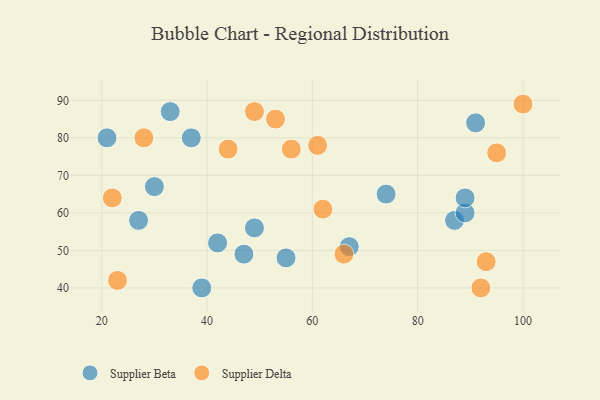
{"axis": {"x": "GDP", "y": "Life Expectancy"}, "legend": ["Supplier Beta", "Supplier Delta"], "data": [{"x": "67", "y": 51, "type": "Supplier Beta"}, {"x": "87", "y": 58, "type": "Supplier Beta"}, {"x": "27", "y": 58, "type": "Supplier Beta"}, {"x": "49", "y": 56, "type": "Supplier Beta"}, {"x": "91", "y": 84, "type": "Supplier Beta"}, {"x": "89", "y": 60, "type": "Supplier Beta"}, {"x": "37", "y": 80, "type": "Supplier Beta"}, {"x": "42", "y": 52, "type": "Supplier Beta"}, {"x": "30", "y": 67, "type": "Supplier Beta"}, {"x": "21", "y": 80, "type": "Supplier Beta"}, {"x": "89", "y": 64, "type": "Supplier Beta"}, {"x": "74", "y": 65, "type": "Supplier Beta"}, {"x": "47", "y": 49, "type": "Supplier Beta"}, {"x": "39", "y": 40, "type": "Supplier Beta"}, {"x": "55", "y": 48, "type": "Supplier Beta"}, {"x": "33", "y": 87, "type": "Supplier Beta"}, {"x": "100", "y": 89, "type": "Supplier Delta"}, {"x": "28", "y": 80, "type": "Supplier Delta"}, {"x": "49", "y": 87, "type": "Supplier Delta"}, {"x": "22", "y": 64, "type": "Supplier Delta"}, {"x": "66", "y": 49, "type": "Supplier Delta"}, {"x": "92", "y": 40, "type": "Supplier Delta"}, {"x": "56", "y": 77, "type": "Supplier Delta"}, {"x": "61", "y": 78, "type": "Supplier Delta"}, {"x": "23", "y": 42, "type": "Supplier Delta"}, {"x": "62", "y": 61, "type": "Supplier Delta"}, {"x": "53", "y": 85, "type": "Supplier Delta"}, {"x": "93", "y": 47, "type": "Supplier Delta"}, {"x": "44", "y": 77, "type": "Supplier Delta"}, {"x": "95", "y": 76, "type": "Supplier Delta"}]}